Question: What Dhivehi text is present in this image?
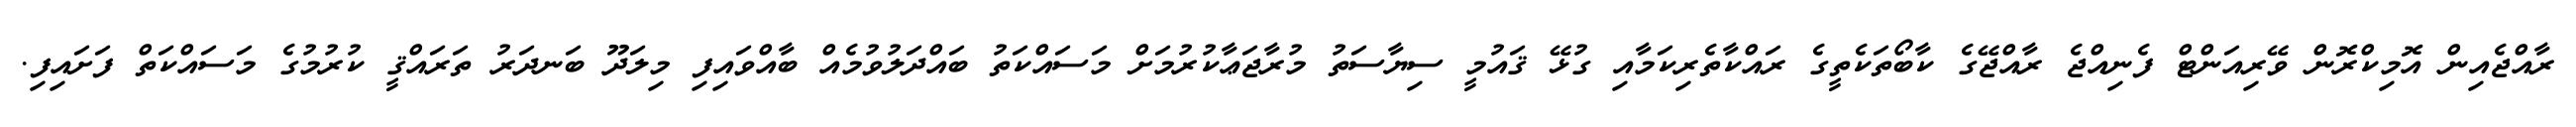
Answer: ރާއްޖެއިން އޮމިކްރޮން ވޭރިއަންޓް ފެނިއްޖެ ރާއްޖޭގެ ކާބޯތަކެތީގެ ރައްކާތެރިކަމާއި ގުޅޭ ޤައުމީ ސިޔާސަތު މުރާޖަޢާކުރުމަށް މަސައްކަތު ބައްދަލުވުމެއް ބާއްވައިފި މިލަދޫ ބަނދަރު ތަރައްޤީ ކުރުމުގެ މަސައްކަތް ފަށައިފި.